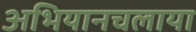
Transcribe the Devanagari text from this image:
अभियानचलाया